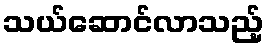
သယ်ဆောင်လာသည့်